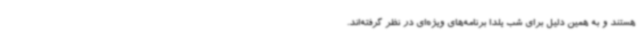
هستند و به همین دلیل برای شب یلدا برنامه‌های ویژه‌ای در نظر گرفته‌اند.